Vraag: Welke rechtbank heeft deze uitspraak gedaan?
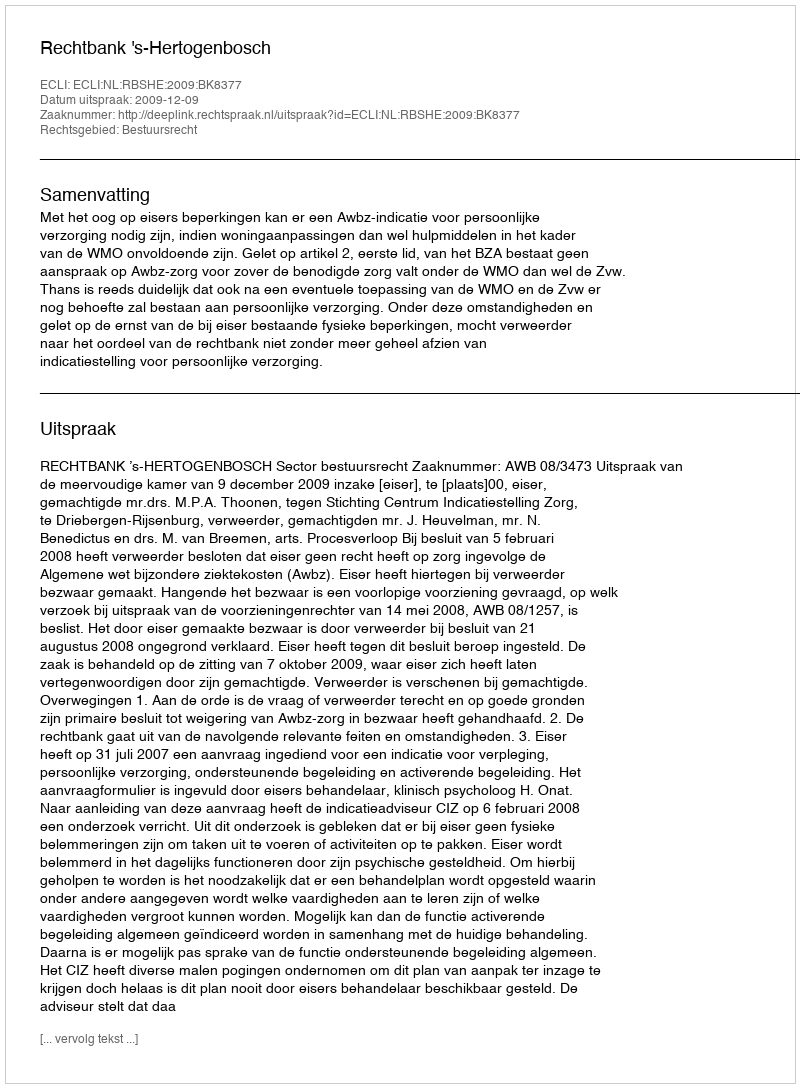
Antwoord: Rechtbank 's-Hertogenbosch